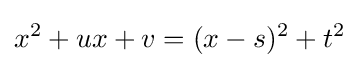
x^{2}+ux+v=(x-s)^{2}+t^{2}